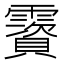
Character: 𩆃